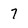
Character: 7